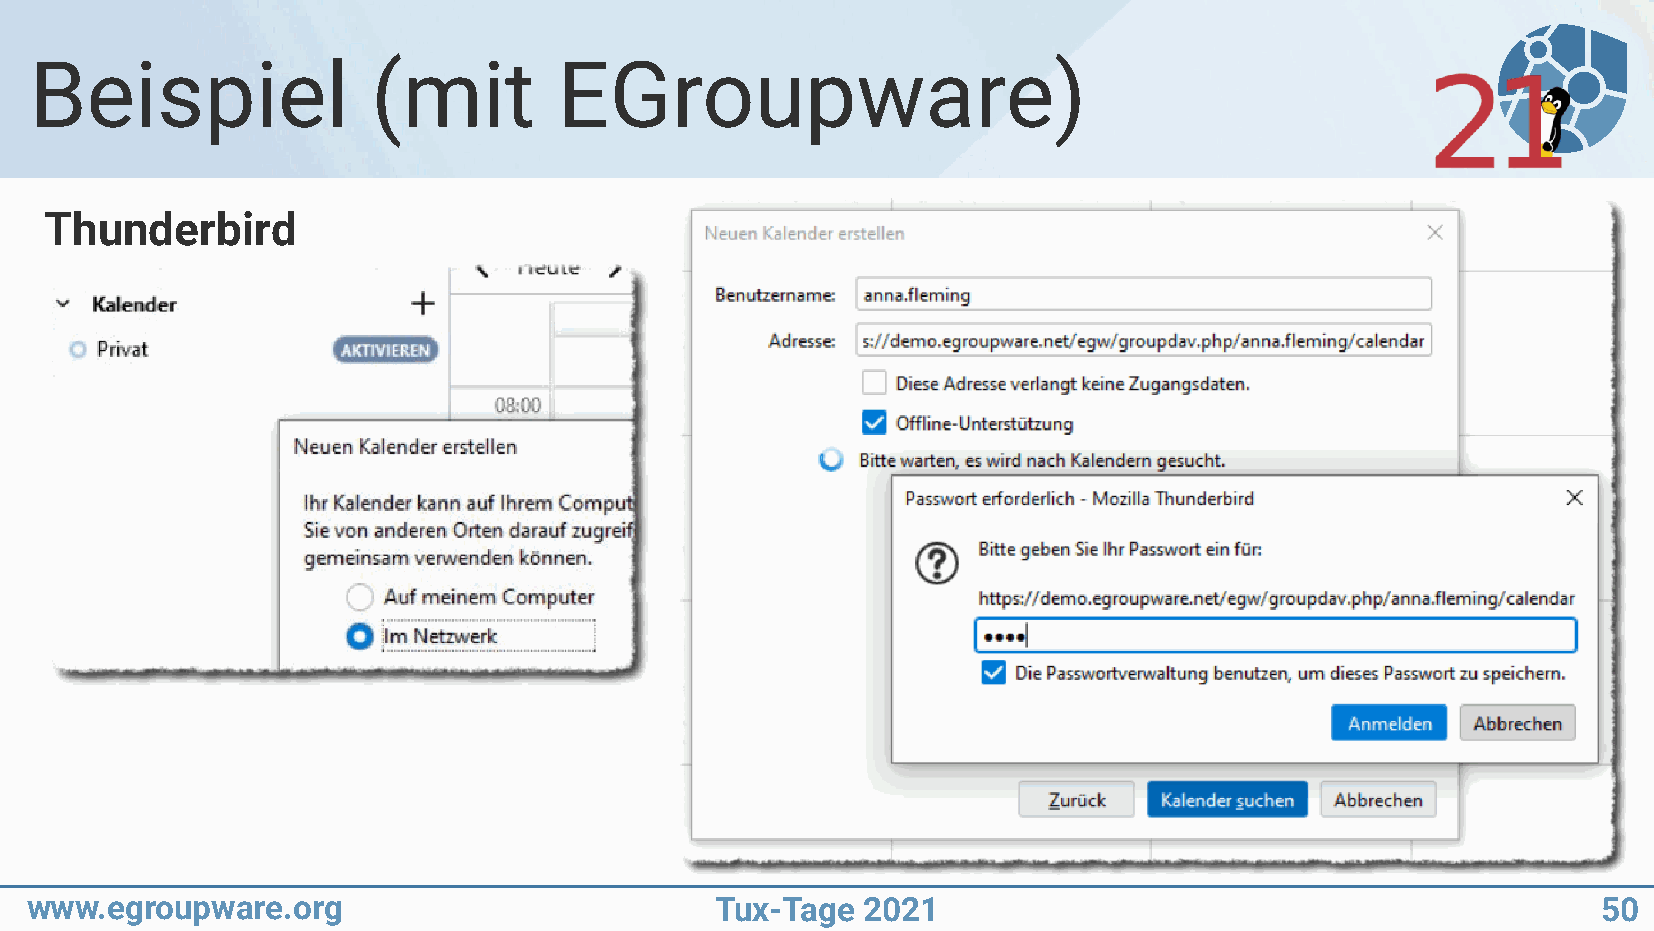
Beispiel               (mit        EGroupware)
 Thunderbird
 www.egroupware.org                           Tux-Tage  2021                                             50